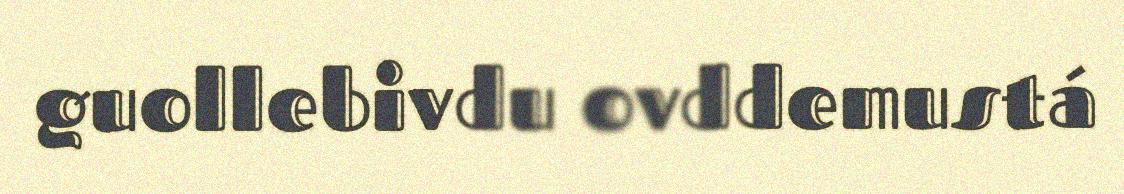
guollebivdu ovddemustá